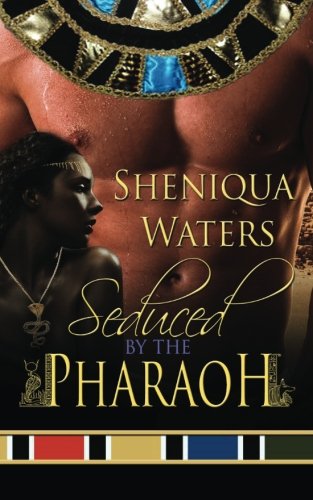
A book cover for Seduced by the Pharaoh; Sheniqua Waters; Romance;